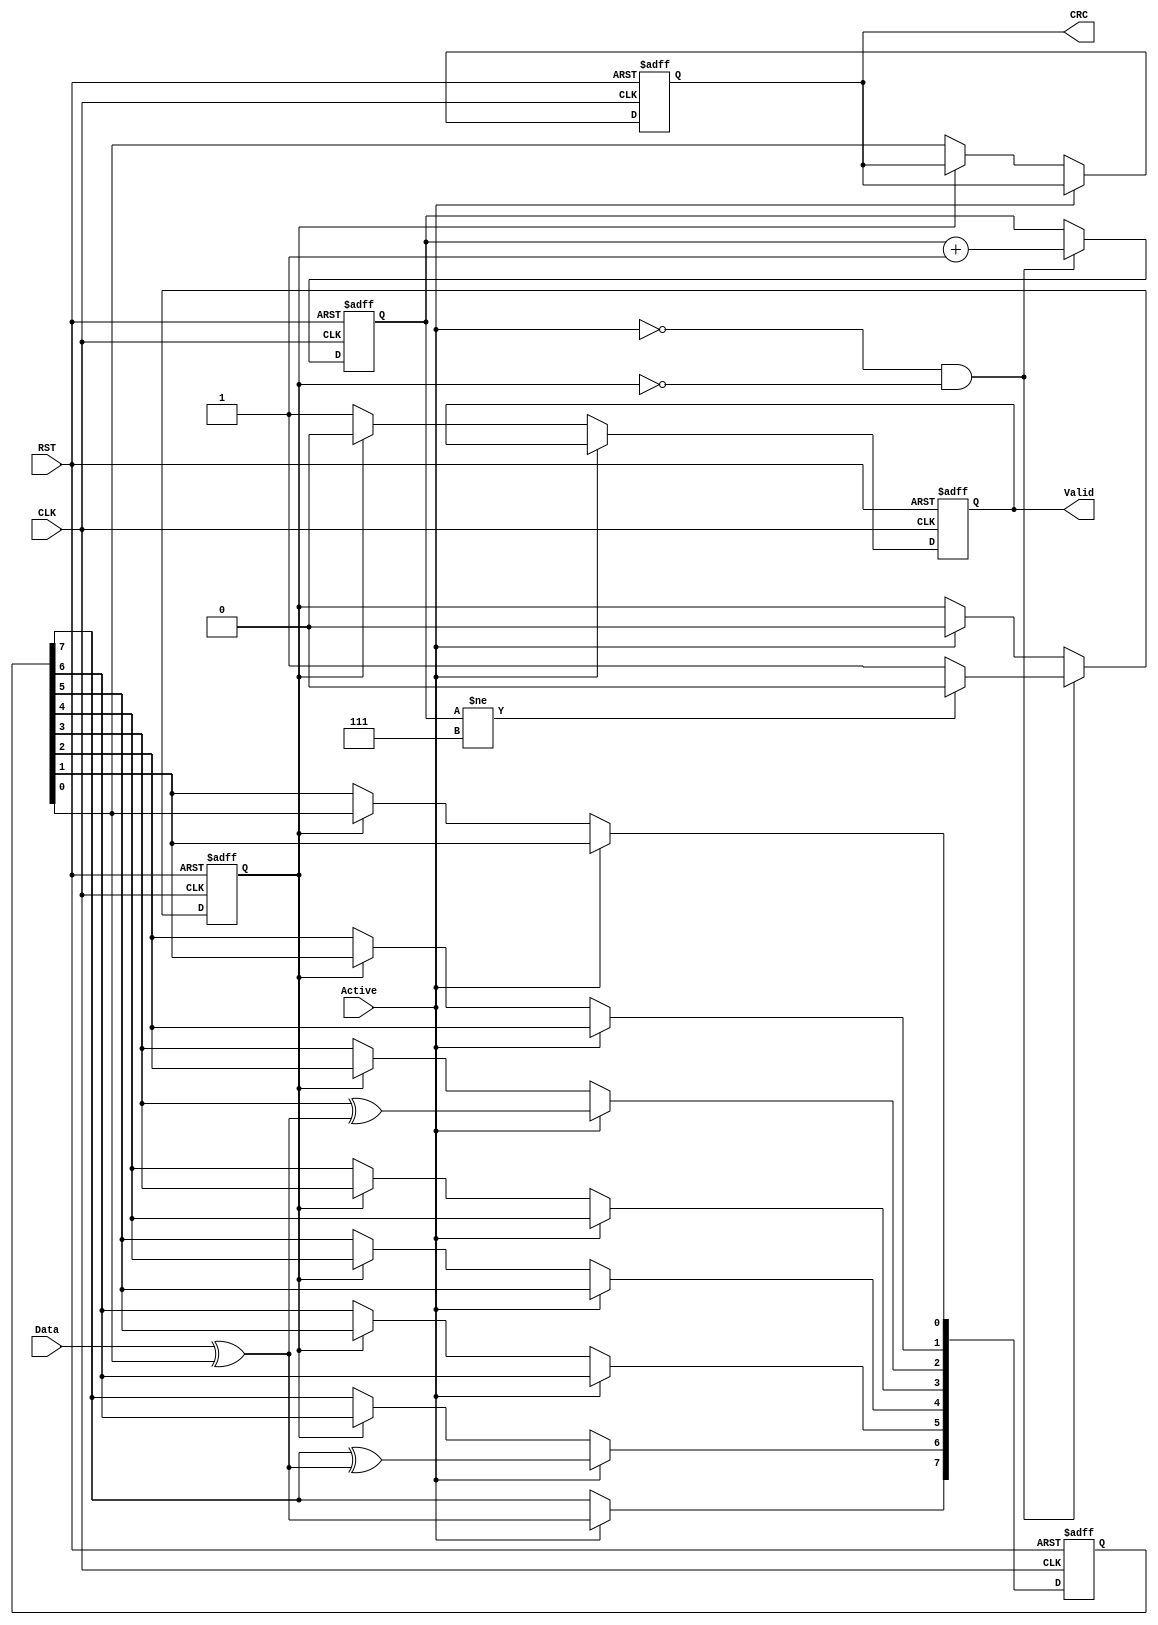
module CRC (
input wire   CLK, RST,
input wire   Data,
input wire   Active,
output reg   Valid, CRC
);

/*********************************************************
*********************** Parameters ***********************
*********************************************************/

localparam [3:0] outputCounts = 4'd08;
localparam [7:0] Seed         = 8'hD8;
localparam [7:0] Taps         = 8'b01000100;     // Taps Defines The Xor Locations 



/*********************************************************
*********************** Variables ***********************
*********************************************************/

integer i;


/*********************************************************
**************** Design Internal Signals *****************
*********************************************************/

reg [7:0] LFSR;		// Internal Linear Feedback Shift Register
reg [2:0] Counter;	// Internal Counter 
reg       Done;		// Counter Done Signal
wire      FB;		// Internal Feedback Signal
  



// Internal Feedback Signal Logic
assign FB = Data ^ LFSR[0];


/* Counter Block:
*   1. Calculating The Number Of Edges During Which The Output Is Valid
*   2. After Shifting All The Output Bits Out, It Sends A Signal To Stop Shifting Operation
*/

always @ (posedge CLK, negedge RST)
begin

	if (!RST)
	begin
		Counter <= 4'b0;	
		Done    <= 1'b1;
	end

	else if (!Active && !Done)
	begin
		if (Counter != outputCounts-1)
		begin
			Counter <= Counter + 1;
			Done    <= 1'b0;
		end

		else
		begin
			Counter <= Counter + 1;
			Done    <= 1'b1;
		end
	end

	else if (Active)
	begin
		Done = 1'b0;
	end

end 



// Cyclic Redundancy Check Implementation

always @ (posedge CLK, negedge RST)
begin

	if (!RST)
	begin
		LFSR  <= Seed;
		CRC   <= 1'b0;
		Valid <= 1'b0;
	end

	else if (Active)
	begin
		LFSR[7] <= LFSR[0] ^ Data;

		for(i = 0; i < 7; i = i+1)
		begin
			if (Taps[i])
				LFSR[i] <= LFSR[i+1] ^ FB;
			else
				LFSR[i] <= LFSR[i+1];
		end
	end

	else if (!Done)
	begin
		Valid <= 1'b1;
		{LFSR[6:0], CRC} <= LFSR;
	end

	else
	begin
		Valid <= 1'b0;
	end

end

endmodule